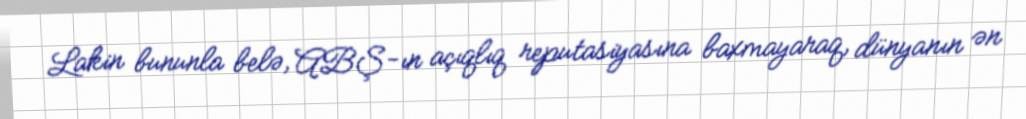
Lakin bununla belə, ABŞ-ın açıqlıq reputasiyasına baxmayaraq, dünyanın ən